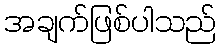
အချက်ဖြစ်ပါသည်